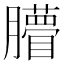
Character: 𦢧